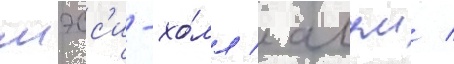
мэсс'и-хо́лл / алум /